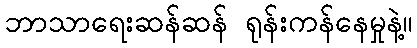
ဘာသာရေးဆန်ဆန် ရုန်းကန်နေမှုနဲ့။